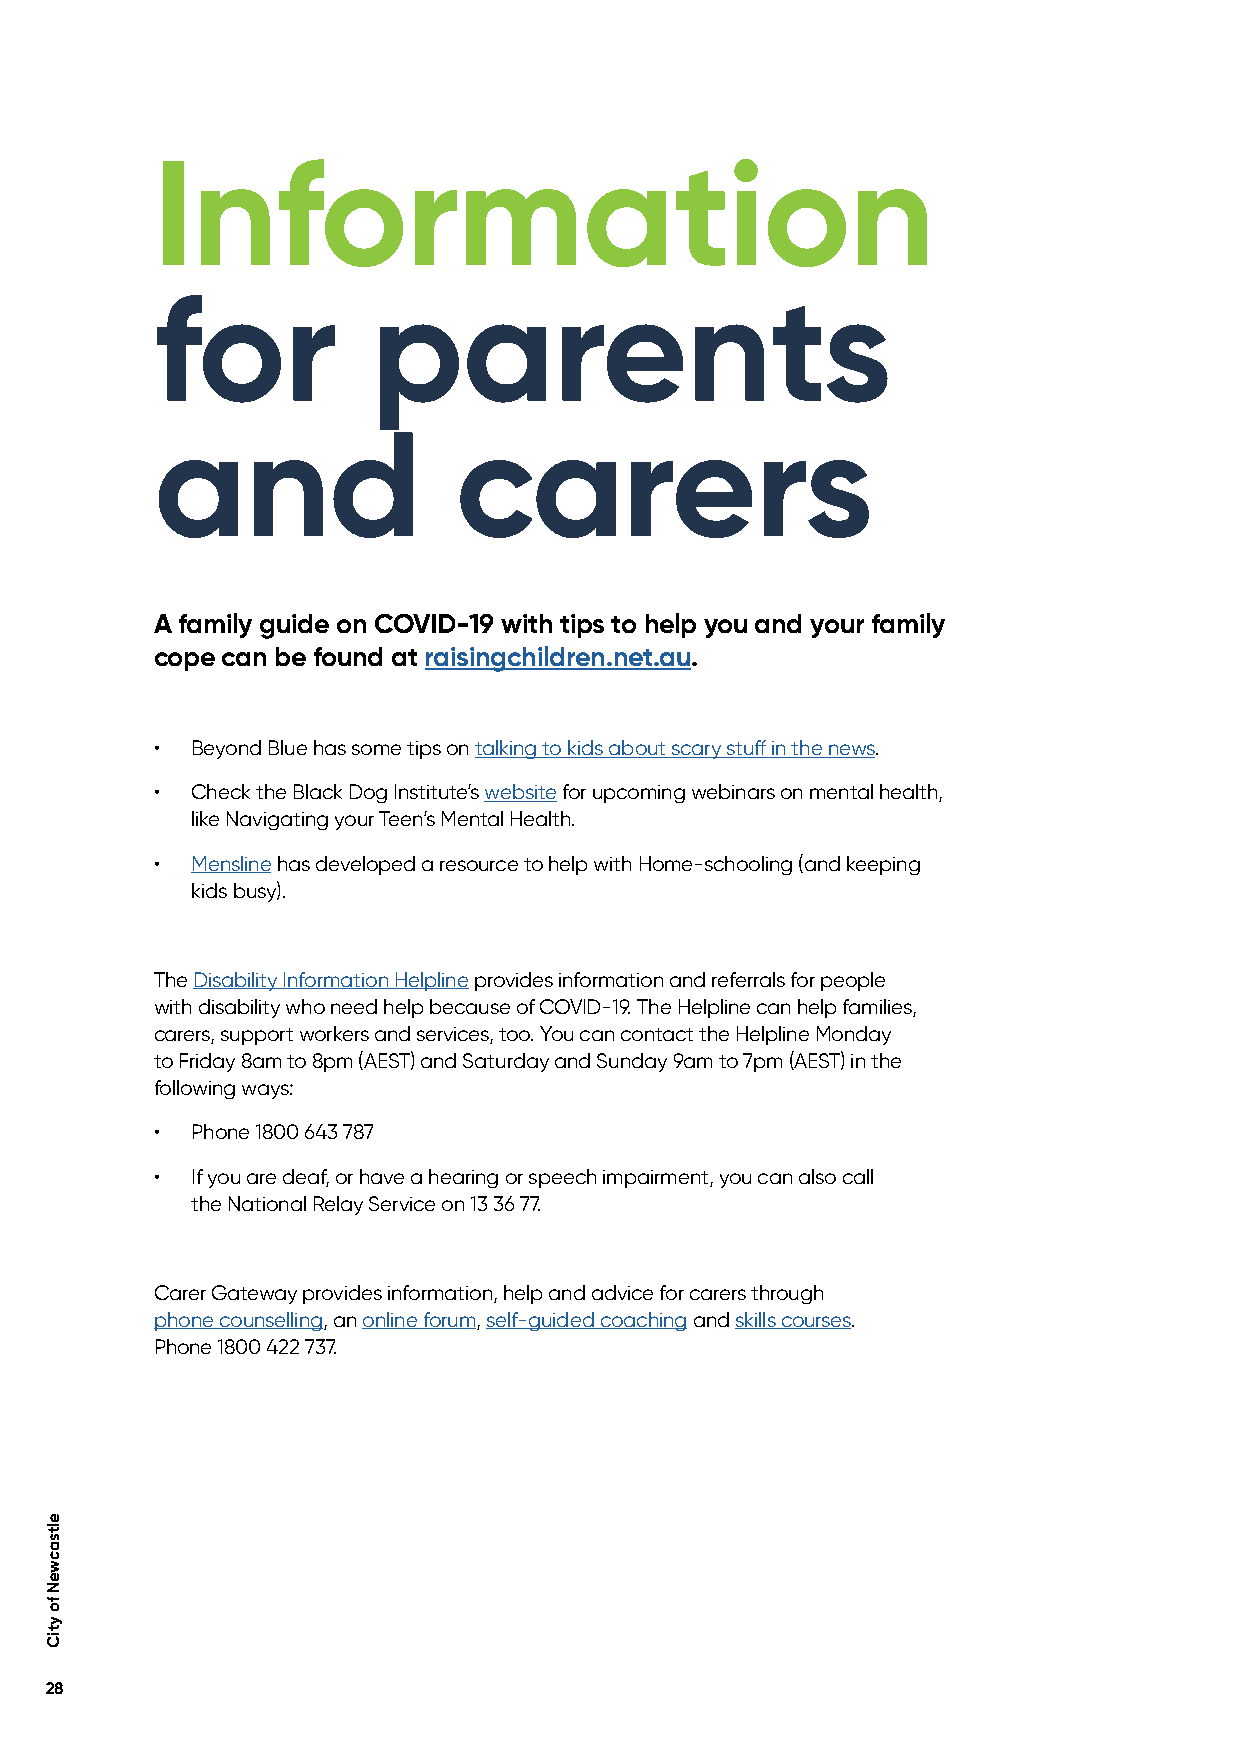
Information
 for            parents
 and                 carers
 A family guide on COVID-19 with tips to help you and your family
 cope can be found at raisingchildren.net.au.
 •  Beyond Blue has some tips on talking to kids about scary stuff in the news.
 •  Check the Black Dog Institute’s website for upcoming webinars on mental health,
 like Navigating your Teen’s Mental Health.
 •  Mensline has developed a resource to help with Home-schooling (and keeping
 kids busy).
 The Disability Information Helpline provides information and referrals for people
 with disability who need help because of COVID-19. The Helpline can help families,
 carers, support workers and services, too. You can contact the Helpline Monday
 to Friday 8am to 8pm (AEST) and Saturday and Sunday 9am to 7pm (AEST) in the
 following ways:
 •  Phone 1800 643 787
 •  If you are deaf, or have a hearing or speech impairment, you can also call
 the National Relay Service on 13 36 77.
 Carer Gateway provides information, help and advice for carers through
 phone counselling, an online forum, self-guided coaching and skills courses.
 Phone 1800 422 737.
 28
 eltsacweN
 fo
 ytiC